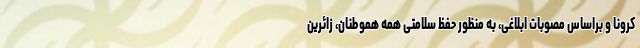
کرونا و براساس مصوّبات ابلاغی، به منظور حفظ سلامتی همه هموطنان، زائرین